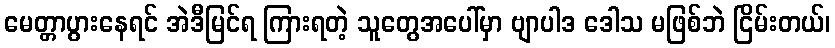
မေတ္တာပွားနေရင် အဲဒီမြင်ရ ကြားရတဲ့ သူတွေအပေါ်မှာ ဗျာပါဒ ဒေါသ မဖြစ်ဘဲ ငြိမ်းတယ်၊